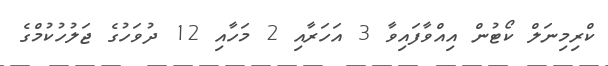
ކްރިމިނަލް ކޯޓުން އިއްވާފައިވާ 3 އަހަރާއި 2 މަހާއި 12 ދުވަހުގެ ޖަލުހުކުމްގެ